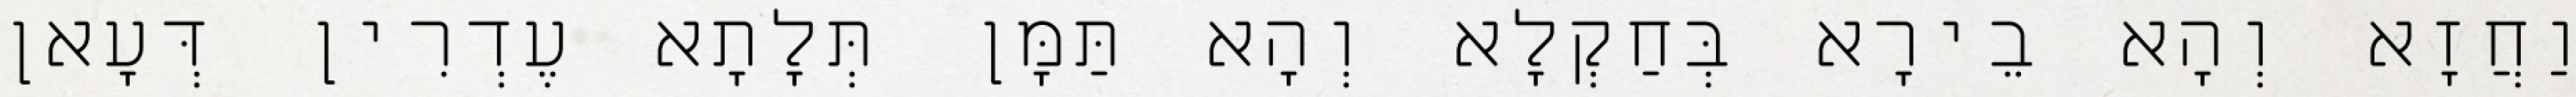
וַחֲזָא וְהָא בֵירָא בְּחַקְלָא וְהָא תַּמָּן תְּלָתָא עֶדְרִין דְּעָאן